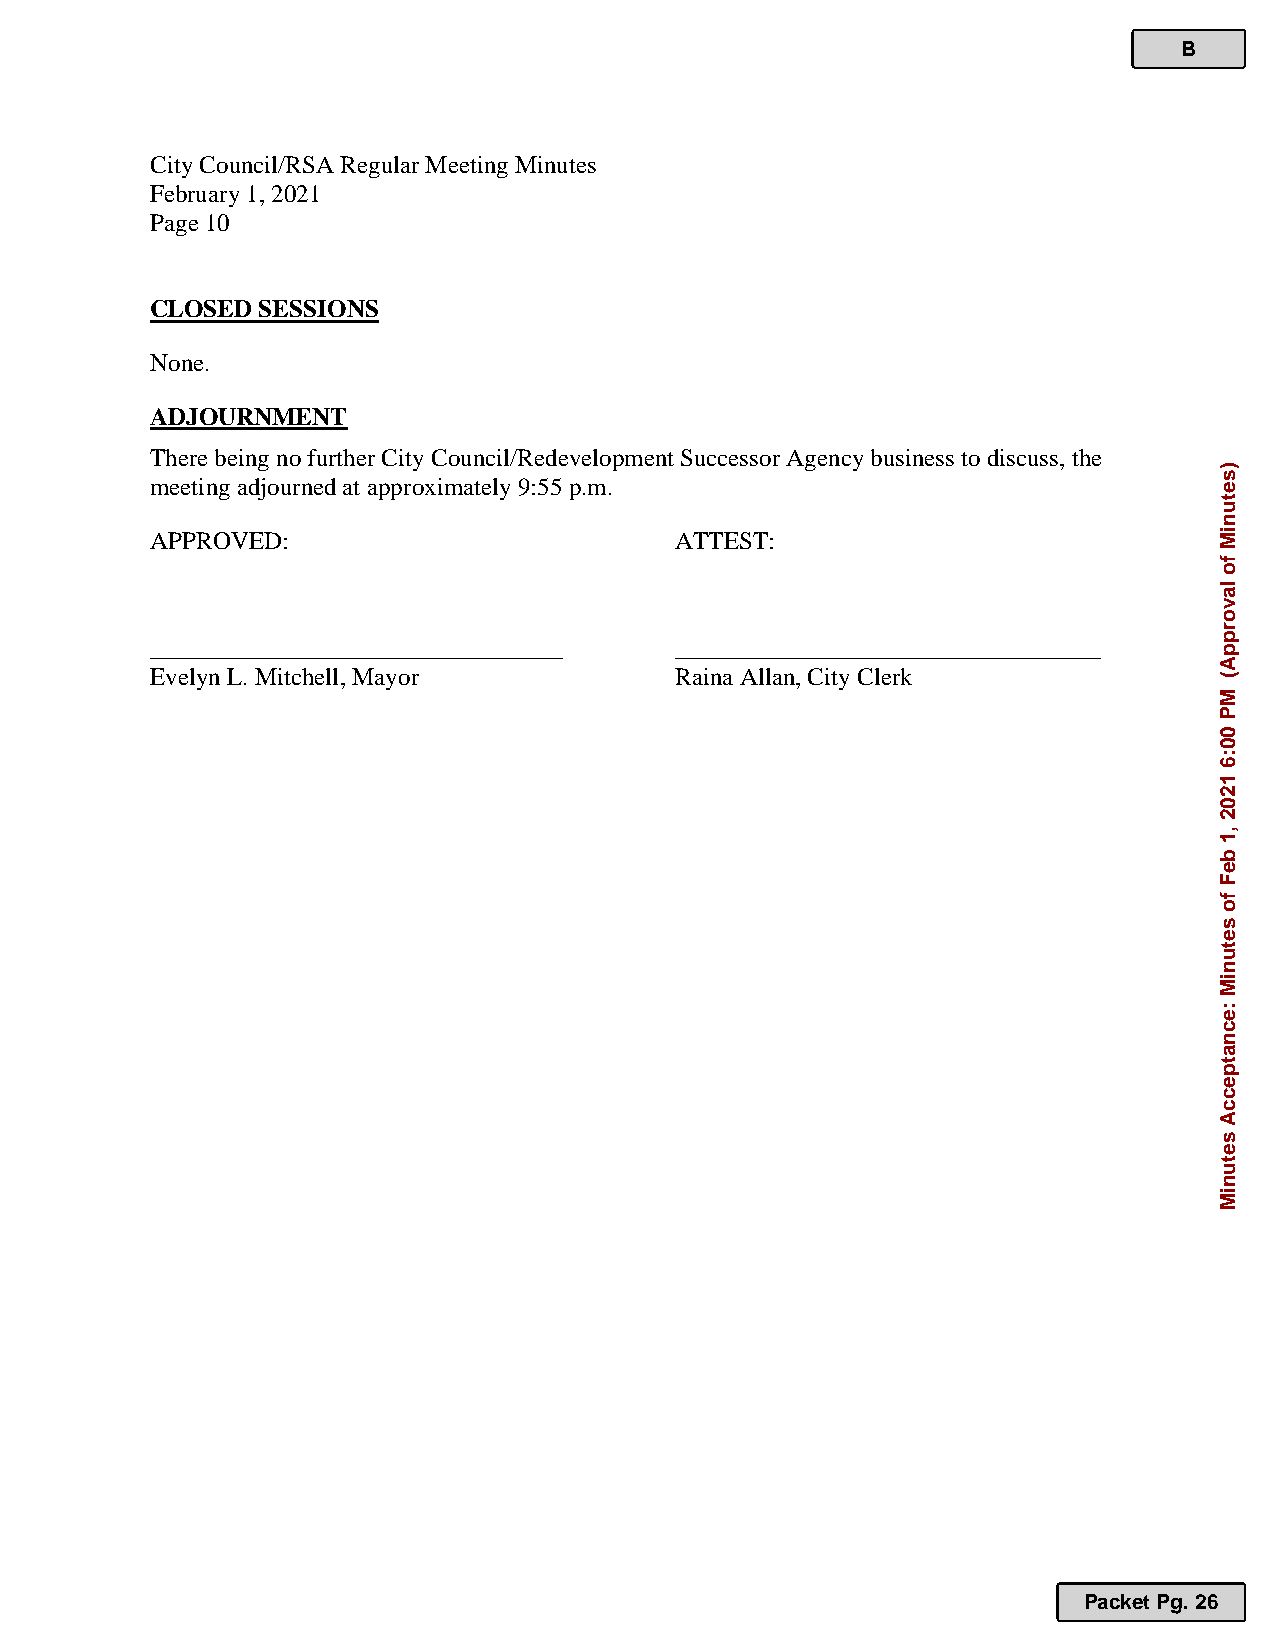
B
 City Council/RSA Regular Meeting Minutes
 February 1, 2021
 Page 10
 CLOSED SESSIONS
 None.
 ADJOURNMENT
 There being no further City Council/Redevelopment Successor Agency business to discuss, the
 meeting adjourned at approximately 9:55 p.m.
 APPROVED:                          ATTEST:
 _________________________________  __________________________________
 Evelyn L. Mitchell, Mayor          Raina Allan, City Clerk
 Packet Pg. 26
 )setuniM
 fo
 lavorppA(
 MP
 00:6
 1202
 ,1
 beF
 fo
 setuniM
 :ecnatpeccA
 setuniM